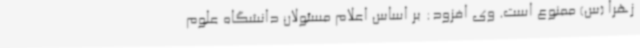
زهرا (س) ممنوع است. وی افزود: بر اساس اعلام مسئولان دانشگاه علوم‌